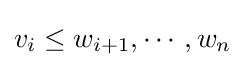
v_{i}\leq w_{i+1},\cdots ,w_{n}